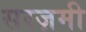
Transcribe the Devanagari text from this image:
सरज़मी